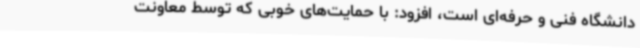
دانشگاه فنی و حرفه‌ای است، افزود: با حمایت‌های خوبی که توسط معاونت